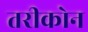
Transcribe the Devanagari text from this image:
तरीकोन